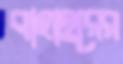
বাহাত্তরের